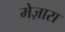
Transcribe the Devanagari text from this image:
मेज़ारा